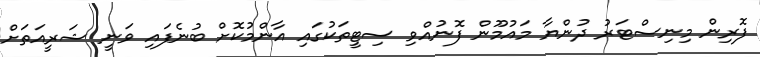
ފޮރިން މިނިސްޓަރު ދުންޔާ މައުމޫން ފޮނުއްވި ސިޓީތަކުގައި އާންމުކޮށް ބުނެފައި ވަނީ ޝަރީއަތަށް